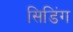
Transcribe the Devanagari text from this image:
सिडिंग